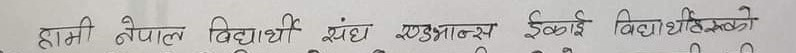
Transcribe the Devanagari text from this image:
हामी नेपाल विद्यार्थी संघ एण्डलाई इकाई विद्यार्थीहरूको